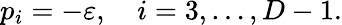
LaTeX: p_{i}=-\varepsilon,\quad i=3,\ldots,D-1.